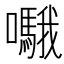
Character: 𱕥